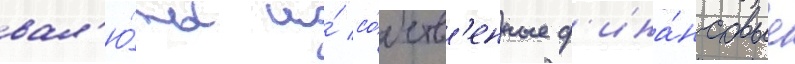
вал'ю́ты и́ со́бств'енные ф'ина́нсовые